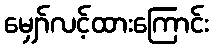
မျှော်လင့်ထားကြောင်း